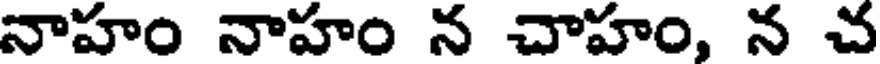
నాహం నాహం న చాహం, న చ